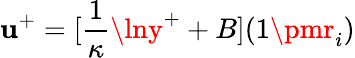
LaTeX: \mathbf{u}^{+}=[\frac{{1}}{{\kappa}}\lny^{+}+B](1\pmr_{i})